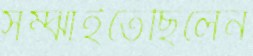
সম্‌ঝাইতেছিলেন